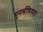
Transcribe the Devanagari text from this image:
पुनर्सक्रियता